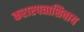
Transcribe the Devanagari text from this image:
करारपत्राशिवाय